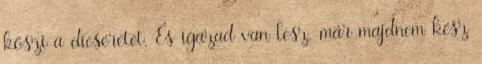
köszi a dícséretet. És igazad van lesz,-már majdnem kész